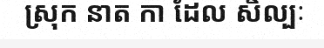
ស្រុក នាត កា ដែល សិល្បៈ